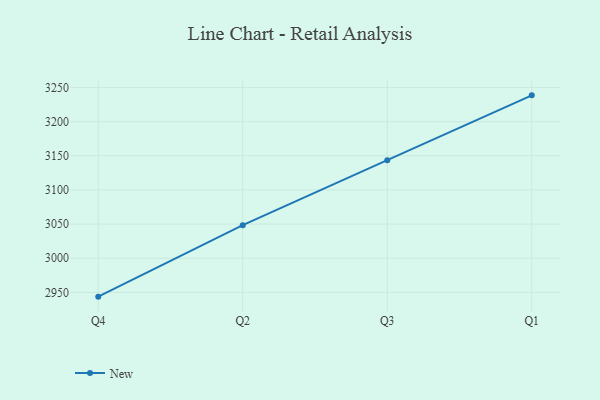
{"axis": {"x": "Quarter", "y": "Inventory Turnover"}, "legend": ["New"], "data": [{"x": "Q4", "y": 2943.7, "type": "New"}, {"x": "Q2", "y": 3048.4, "type": "New"}, {"x": "Q3", "y": 3143.6, "type": "New"}, {"x": "Q1", "y": 3238.6, "type": "New"}]}